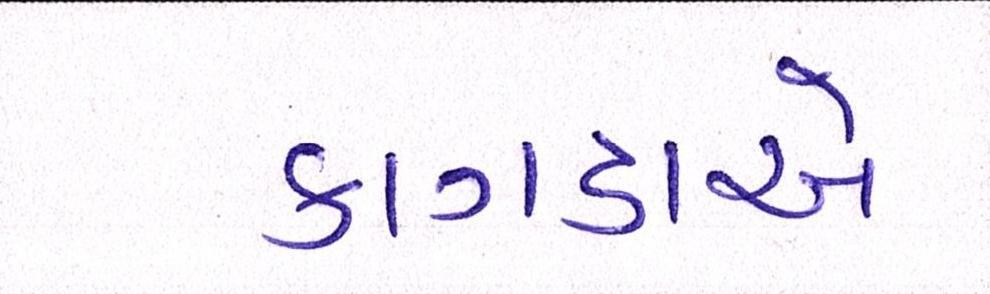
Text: કાગડાએ